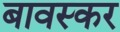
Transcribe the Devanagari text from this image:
बावस्कर